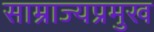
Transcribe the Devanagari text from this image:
साम्राज्यप्रमुख